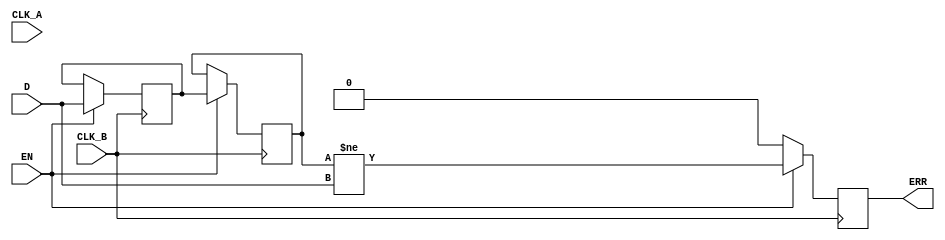
module cdc_detector (
    input wire D,            // Data signal crossing from CLK_A to CLK_B
    input wire CLK_A,        // Source clock
    input wire CLK_B,        // Destination clock
    input wire EN,          // Enable signal for the CDC detector
    output reg ERR          // Error signal output
);

    // Synchronization flip-flops
    reg D_sync1, D_sync2;

    // Error detection logic
    always @(posedge CLK_B) begin
        if (EN) begin
            // Synchronize the data signal to the destination clock domain
            D_sync1 <= D;           // First stage of synchronization
            D_sync2 <= D_sync1;     // Second stage of synchronization
            
            // Error detection: Compare synchronized output with original data signal
            ERR <= (D_sync2 != D);   // Set error if there is a mismatch
        end
        else begin
            // If disabled, clear the error signal
            ERR <= 1'b0;
        end
    end

endmodule